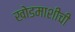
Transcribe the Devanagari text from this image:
खोडमाशीची